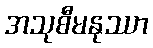
အသုစီမနုဿာ